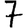
Digit: 7